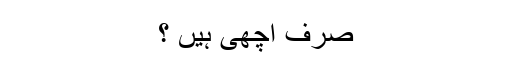
صرف اچھی ہیں ؟